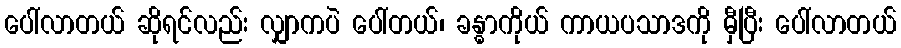
ပေါ်လာတယ် ဆိုရင်လည်း လျှာကပဲ ပေါ်တယ်၊ ခန္ဓာကိုယ် ကာယပသာဒကို မှီပြီး ပေါ်လာတယ်